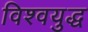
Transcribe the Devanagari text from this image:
विश्‍वयुद्ध